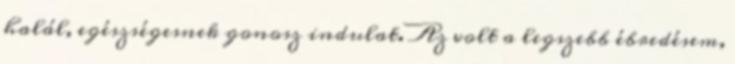
halál, egészségesnek gonosz indulat. Az volt a legszebb ébredésem,